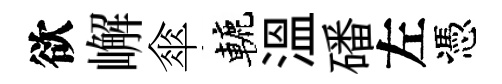
欲嶰傘轆溫磻左憑